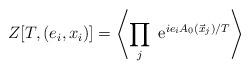
LaTeX: \begin{align*}Z[T,(e_i,x_i)]= \left\langle \prod_j {\rm ~e}^{ie_iA_0(\vec x_j)/T}\right\rangle \end{align*}